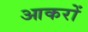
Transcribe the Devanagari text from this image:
आकरों